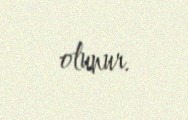
olunur.